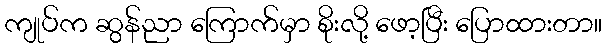
ကျုပ်က ဆွန်ညာ ကြောက်မှာ စိုးလို့ ဖော့ပြီး ပြောထားတာ။